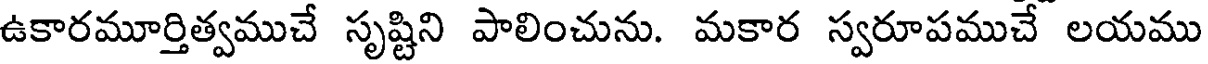
ఉకారమూర్తిత్వముచే సృష్టిని పాలించును. మకార స్వరూపముచే లయము